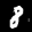
Label: 8